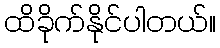
ထိခိုက်နိုင်ပါတယ်။